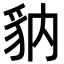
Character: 豽